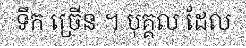
ទឹក ច្រើន ។ បុគ្គល ដែល